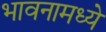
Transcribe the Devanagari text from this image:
भावनामध्ये